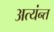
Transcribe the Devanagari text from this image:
अत्यंन्त